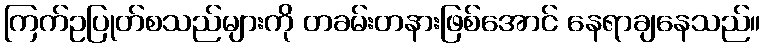
ကြက်ဥပြုတ်စသည်များကို တခမ်းတနားဖြစ်အောင် နေရာချနေသည်။